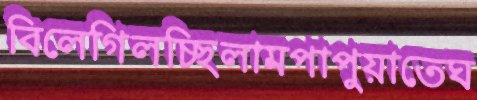
বিলেগিলচ্ছিলামপাপুয়াতেঘ